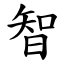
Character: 智